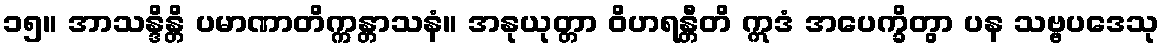
၁၅။ အာသန္ဒိန္တိ ပမာဏာတိက္ကန္တာသနံ။ အနုယုတ္တာ ဝိဟရန္တီတိ ဣဒံ အပေက္ခိတွာ ပန သဗ္ဗပဒေသု